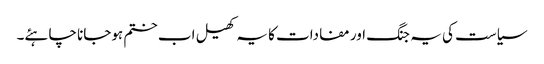
سیاست کی یہ جنگ اور مفادات کا یہ کھیل اب ختم ہوجانا چاہئے۔